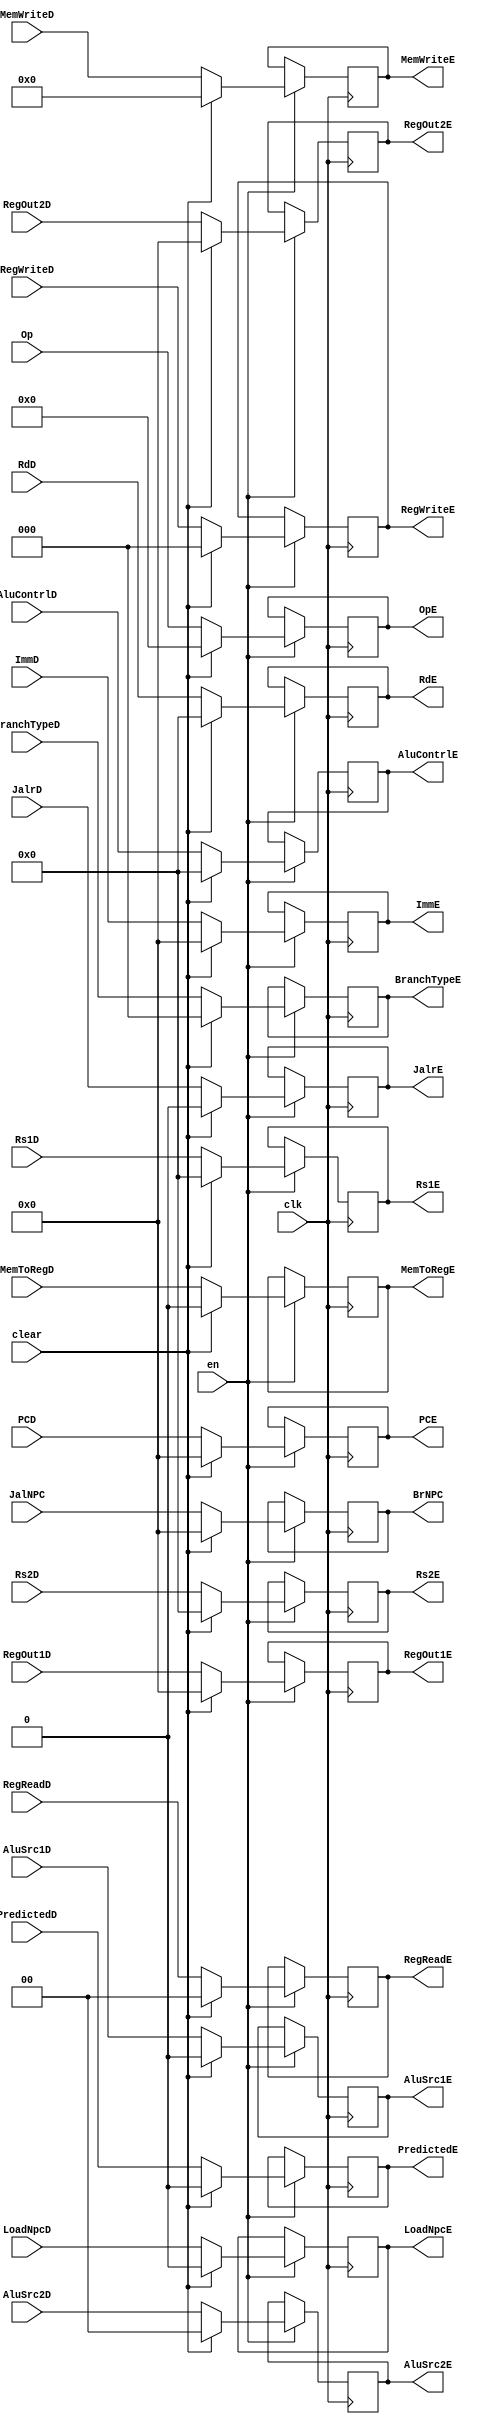
`timescale 1ns / 1ps
//////////////////////////////////////////////////////////////////////////////////
// Company: USTC ESLABEmbeded System Lab
// Design Name: RISCV-Pipline CPU
// Module Name: EXSegReg
// Target Devices: Nexys4
// Tool Versions: Vivado 2017.4.1
// Description: ID-EX Segment Register
//////////////////////////////////////////////////////////////////////////////////
//revise
module EXSegReg(
    input wire clk,
    input wire en,
    input wire clear,
    //Data Signals
    input wire [31:0] PCD,
    output reg [31:0] PCE, 
    input wire [31:0] JalNPC,
    output reg [31:0] BrNPC, 
    input wire [31:0] ImmD,
    output reg [31:0] ImmE,
    input wire [4:0] RdD,
    output reg [4:0] RdE,
    input wire [4:0] Rs1D,
    output reg [4:0] Rs1E,
    input wire [4:0] Rs2D,
    output reg [4:0] Rs2E,
    input wire [31:0] RegOut1D,
    output reg [31:0] RegOut1E,
    input wire [31:0] RegOut2D,
    output reg [31:0] RegOut2E,
    //Control Signals
    input wire JalrD,
    output reg JalrE,
    input wire [2:0] RegWriteD,
    output reg [2:0] RegWriteE,
    input wire MemToRegD,
    output reg MemToRegE,
    input wire [3:0] MemWriteD,
    output reg [3:0] MemWriteE,
    input wire LoadNpcD,
    output reg LoadNpcE,
    input wire [1:0] RegReadD,
    output reg [1:0] RegReadE, 
    input wire [2:0] BranchTypeD,
    output reg [2:0] BranchTypeE,
    input wire [4:0] AluContrlD,
    output reg [4:0] AluContrlE,
    input wire AluSrc1D,
    output reg AluSrc1E,
    input wire [1:0] AluSrc2D,
    output reg [1:0] AluSrc2E,
	//COMMIT:add
	//begin:-------------------
	input wire [6:0] Op,
    output reg [6:0] OpE,
    input wire PredictedD,
    output reg PredictedE
	//end:----------------------
	
    );
    initial begin
        PCE        = 32'b0; 
        BrNPC      = 32'b0; 
        ImmE       = 32'b0;
        RdE        = 32'b0;
        Rs1E       = 5'b0;
        Rs2E       = 5'b0;
        RegOut1E   = 32'b0;
        RegOut2E   = 32'b0;
        JalrE      = 1'b0;
        RegWriteE  = 1'b0;
        MemToRegE  = 1'b0;
        MemWriteE  = 1'b0;
        LoadNpcE   = 1'b0;
        RegReadE   = 2'b00;
        BranchTypeE = 3'b0;
        AluContrlE = 5'b0;
        AluSrc1E   = 1'b0; 
        AluSrc2E   = 2'b0; 
		//COMMIT:add
		//begin:-------------------
		PredictedE  = 1'b0;
        OpE         = 7'b0; 
		//end:----------------------
    end
    //
    always@(posedge clk) begin
        if(en)
            if(clear)
                begin
                PCE<=32'b0; 
                BrNPC<=32'b0; 
                ImmE<=32'b0;
                RdE<=32'b0;
                Rs1E<=5'b0;
                Rs2E<=5'b0;
                RegOut1E<=32'b0;
                RegOut2E<=32'b0;
                JalrE<=1'b0;
                RegWriteE<=1'b0;
                MemToRegE<=1'b0;
                MemWriteE<=1'b0;
                LoadNpcE<=1'b0;
                RegReadE<=2'b00;
                BranchTypeE = 3'b0;
                AluContrlE<=5'b0;
                AluSrc1E<=1'b0; 
                AluSrc2E<=2'b0; 
				//COMMIT:add
				//begin:-------------------
				PredictedE  <= 1'b0;
				OpE         <= 7'b0; 
				//end:----------------------
            end else begin
                PCE<=PCD; 
                BrNPC<=JalNPC; 
                ImmE<=ImmD;
                RdE<=RdD;
                Rs1E<=Rs1D;
                Rs2E<=Rs2D;
                RegOut1E<=RegOut1D;
                RegOut2E<=RegOut2D;
                JalrE<=JalrD;
                RegWriteE=RegWriteD;
                MemToRegE<=MemToRegD;
                MemWriteE<=MemWriteD;
                LoadNpcE<=LoadNpcD;
                RegReadE<=RegReadD;
                BranchTypeE = BranchTypeD;
                AluContrlE<=AluContrlD;
                AluSrc1E<=AluSrc1D;
                AluSrc2E<=AluSrc2D;
				//COMMIT:add
				//begin:-------------------
				PredictedE  <= PredictedD;
				OpE         <= Op;
				//end:----------------------
            end
        end
    
endmodule